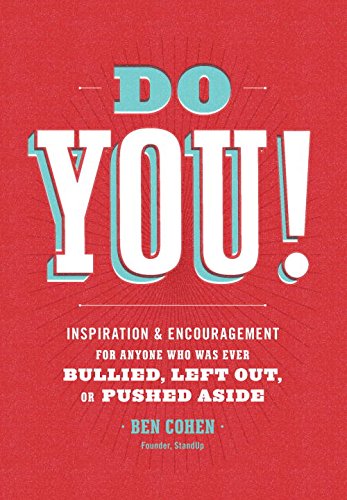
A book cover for Do You: Inspiration and Encouragement for Anyone Who Was Ever Bullied, Left Out, or Pushed Aside; Ben Cohen; Teen & Young Adult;